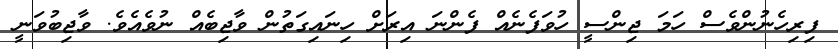
ފިރިހެނުންވެސް ހަމަ ޖިންސީ ހުވަފެނެއް ފެންނަ އިރަށް ހިނައިގަތުން ވާޖިބެއް ނުވެއެވެ. ވާޖިބުވަނީ